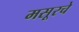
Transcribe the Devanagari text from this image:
मसूरचे